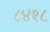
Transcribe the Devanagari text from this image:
८४१८